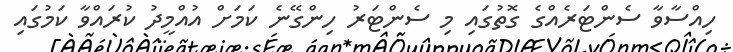
ހިއްސާވާ ސެންޓަރެއްގެ ގޮތުގައި މި ސެންޓަރު ހިންގޭނެ ކަމަށް އުއްމީދުު ކުރައްވާ ކަމުގައި